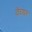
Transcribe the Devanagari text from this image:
वेंच्यर